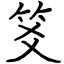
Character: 笅